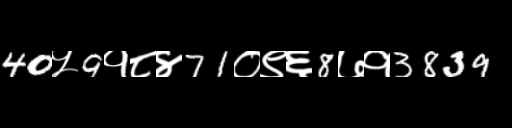
Text: 40५9१८४71०९६8७१3839